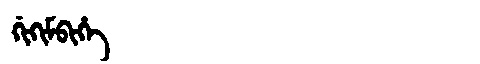
Manchu: ᡤᡳᡴᡳᠮᠪᡳᡥᡝ
Romanization: GIKIMBIHE